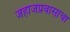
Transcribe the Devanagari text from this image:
जहाजप्रवासाचा